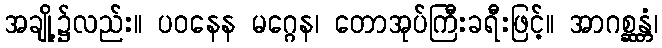
အချို့၌လည်း။ ပဝနေန မဂ္ဂေန၊ တောအုပ်ကြီးခရီးဖြင့်။ အာဂစ္ဆန္တံ၊